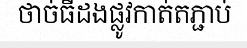
ថាច់ធីដងផ្លូវកាត់តភ្ជាប់